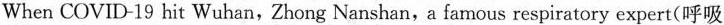
When COVID-19 hit Wuhan, Zhong Nanshan,a famous respiratory expert(呼吸